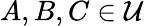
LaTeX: A,B,C\in{\mathcal{U}}